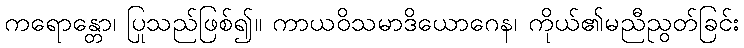
ကရောန္တော၊ ပြုသည်ဖြစ်၍။ ကာယဝိသမာဒိယောဂေန၊ ကိုယ်၏မညီညွတ်ခြင်း